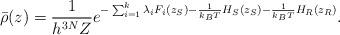
LaTeX: \begin{align*}\bar{\rho}(z) = \frac{1}{h^{3N} Z} e^{-\sum_{i=1}^k \lambda_iF_i(z_S) -\frac{1}{k_BT}H_S(z_S) -\frac{1}{k_BT}H_R(z_R)}.\end{align*}